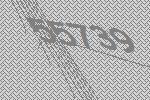
55739